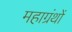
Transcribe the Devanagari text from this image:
महाग्रंथों